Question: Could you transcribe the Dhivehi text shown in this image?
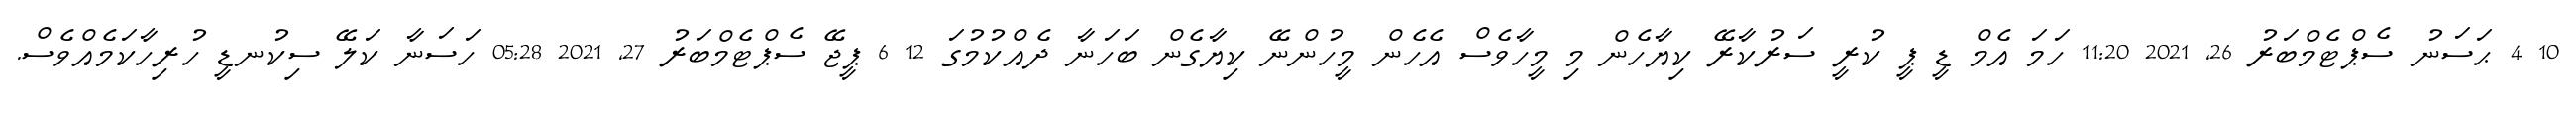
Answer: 10 4 ޙަސަނު ސެޕްޓެމްބަރު 26, 2021 11:20 ހަމަ އެމް ޑީ ޕީ ކުރީ ސަރުކާރޭ ކިޔާހެން މި މީހާވެސް އެހެން މީހުންނޭ ކިޔާގެން ބަހަނާ ދެއްކުމުގަ 12 6 ޕީޖޭ ސެޕްޓެމްބަރު 27, 2021 05:28 ހަސަނާ ކަލޭ ސިކުނޑީ ހުރިހާކަމެއްވެސް.